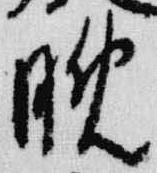
晩